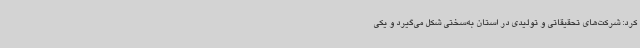
کرد: شرکت‌های تحقیقاتی و تولیدی در استان به‌سختی شکل می‌گیرد و یکی